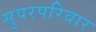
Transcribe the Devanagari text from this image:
सुपरपरिवार